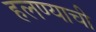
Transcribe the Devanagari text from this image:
हलण्याची